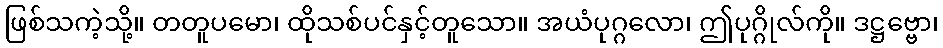
ဖြစ်သကဲ့သို့။ တတူပမော၊ ထိုသစ်ပင်နှင့်တူသော။ အယံပုဂ္ဂလော၊ ဤပုဂ္ဂိုလ်ကို။ ဒဋ္ဌဗ္ဗော၊